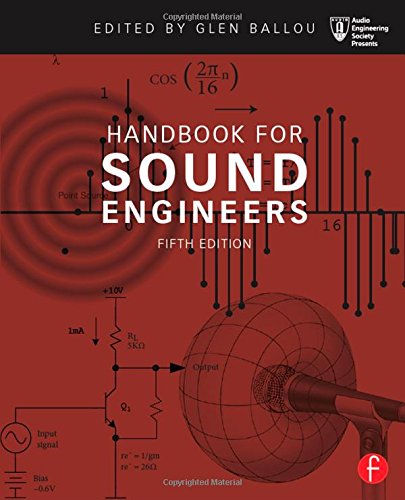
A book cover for Handbook for Sound Engineers (Audio Engineering Society Presents); Science & Math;